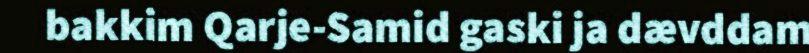
bakkim Qarje-Samid gaski ja dævddam